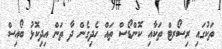
ތަކުގައި ރިސޯރޓް ތަކާއި ކޮންޑޯސް ތައް ހެދިގެން ދާ ތަން އިދިކޮޅު ބޯއިސް